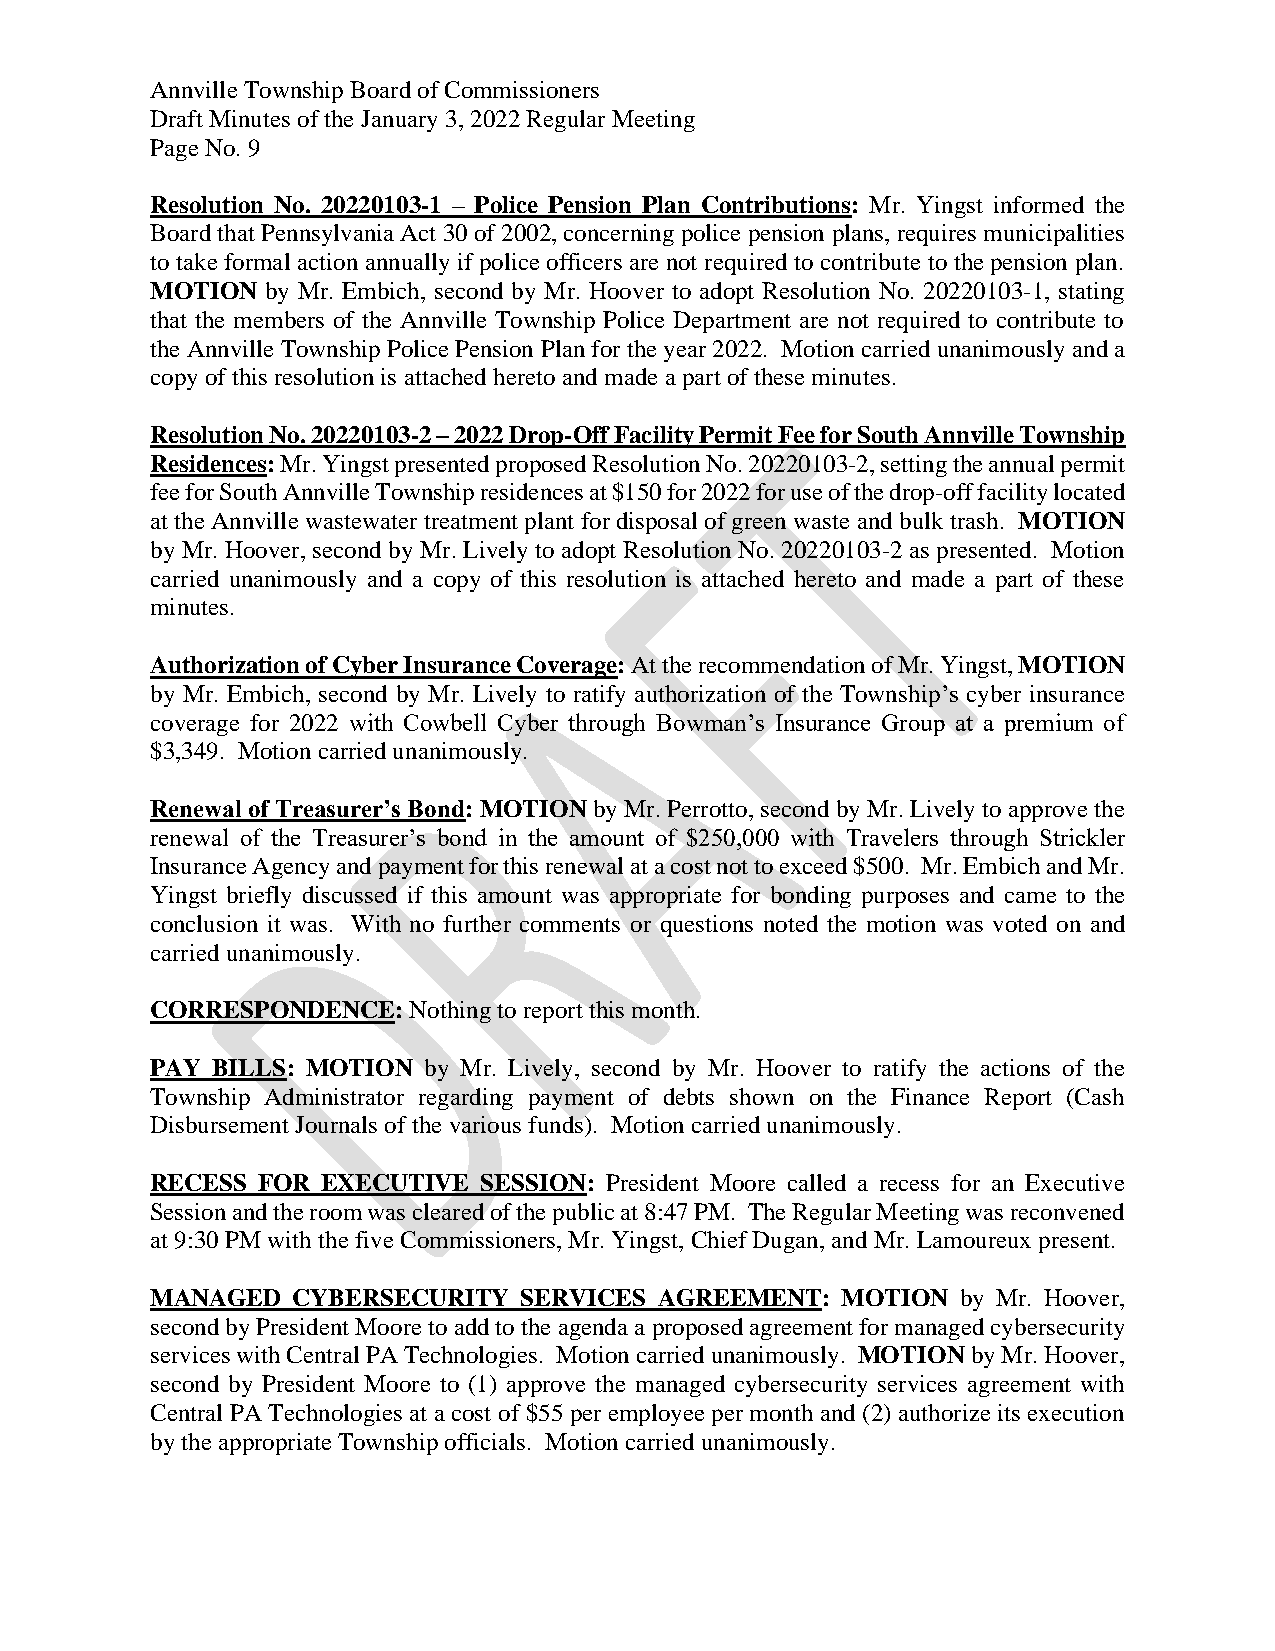
Annville Township Board of Commissioners
 Draft Minutes of the January 3, 2022 Regular Meeting
 Page No. 9
 Resolution No. 20220103-1 – Police Pension Plan Contributions: Mr. Yingst informed the
 Board that Pennsylvania Act 30 of 2002, concerning police pension plans, requires municipalities
 to take formal action annually if police officers are not required to contribute to the pension plan.
 MOTION  by Mr. Embich, second by Mr. Hoover to adopt Resolution No. 20220103-1, stating
 that the members of the Annville Township Police Department are not required to contribute to
 the Annville Township Police Pension Plan for the year 2022. Motion carried unanimously and a
 copy of this resolution is attached hereto and made a part of these minutes.
 Resolution No. 20220103-2 – 2022 Drop-Off Facility Permit Fee for South Annville Township
 Residences: Mr. Yingst presented proposed Resolution No. 20220103-2, setting the annual permit
 fee for South Annville Township residences at $150 for 2022 for use of the drop-off facility located
 at the Annville wastewater treatment plant for disposal of green waste and bulk trash. MOTION
 by Mr. Hoover, second by Mr. Lively to adopt Resolution No. 20220103-2 as presented. Motion
 carried unanimously and a copy of this resolution is attached hereto and made a part of these
 minutes.
 Authorization of Cyber Insurance Coverage: At the recommendation of Mr. Yingst, MOTION
 by Mr. Embich, second by Mr. Lively to ratify authorization of the Township’s cyber insurance
 coverage for 2022 with Cowbell Cyber through Bowman’s Insurance Group at a premium of
 $3,349. Motion carried unanimously.
 Renewal of Treasurer’s Bond: MOTION by Mr. Perrotto, second by Mr. Lively to approve the
 renewal of the Treasurer’s bond in the amount of $250,000 with Travelers through Strickler
 Insurance Agency and payment for this renewal at a cost not to exceed $500. Mr. Embich and Mr.
 Yingst briefly discussed if this amount was appropriate for bonding purposes and came to the
 conclusion it was. With no further comments or questions noted the motion was voted on and
 carried unanimously.
 CORRESPONDENCE:  Nothing to report this month.
 PAY BILLS: MOTION by Mr. Lively, second by Mr. Hoover to ratify the actions of the
 Township Administrator regarding payment of debts shown on the Finance Report (Cash
 Disbursement Journals of the various funds). Motion carried unanimously.
 RECESS FOR EXECUTIVE  SESSION: President Moore called a recess for an Executive
 Session and the room was cleared of the public at 8:47 PM. The Regular Meeting was reconvened
 at 9:30 PM with the five Commissioners, Mr. Yingst, Chief Dugan, and Mr. Lamoureux present.
 MANAGED  CYBERSECURITY   SERVICES AGREEMENT:  MOTION  by Mr. Hoover,
 second by President Moore to add to the agenda a proposed agreement for managed cybersecurity
 services with Central PA Technologies. Motion carried unanimously. MOTION by Mr. Hoover,
 second by President Moore to (1) approve the managed cybersecurity services agreement with
 Central PA Technologies at a cost of $55 per employee per month and (2) authorize its execution
 by the appropriate Township officials. Motion carried unanimously.